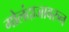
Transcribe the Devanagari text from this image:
गोलंदाजावरुन